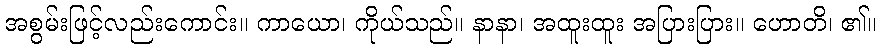
အစွမ်းဖြင့်လည်းကောင်း။ ကာယော၊ ကိုယ်သည်။ နာနာ၊ အထူးထူး အပြားပြား။ ဟောတိ၊ ၏။